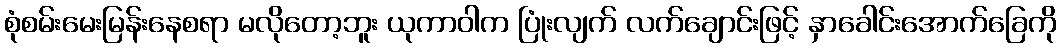
စုံစမ်းမေးမြန်းနေစရာ မလိုတော့ဘူး ယုကာဝါက ပြုံးလျက် လက်ချောင်းဖြင့် နှာခေါင်းအောက်ခြေကို